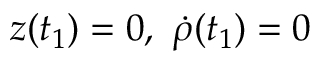
z ( t _ { 1 } ) = 0 , \ \dot { \rho } ( t _ { 1 } ) = 0